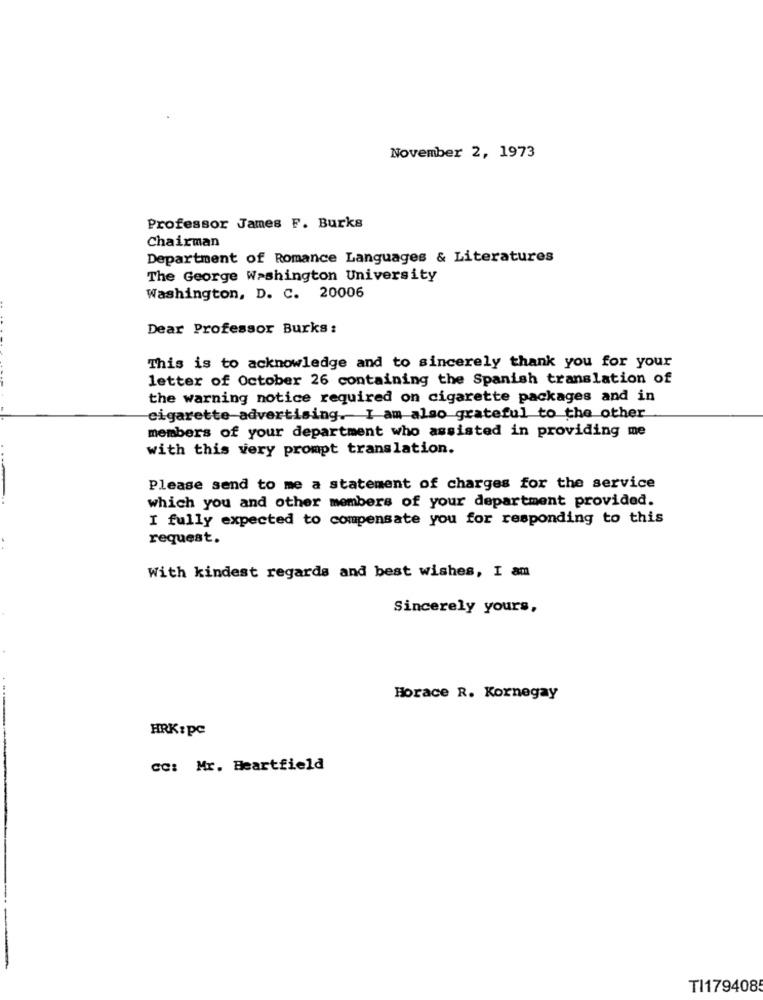
November 2, 1973
Professor James F. Burks
Chairman
Department of Romance Languages & Literatures
The George Washington University
Washington, D. C. 20006
Dear Professor Burks :
This is to acknowledge and to sincerely thank you for your
letter of October 26 containing the Spanish translation of
the warning notice required on cigarette packages and in
cigarette advertising. I am also grateful to the other
members of your department who assisted in providing me
with this very prompt translation.
Please send to me a statement of charges for the service
which you and other members of your department provided.
I fully expected to compensate you for responding to this
request.
With kindest regards and best wishes, I am
Sincerely yours,
Horace R. Kornegay
HRK: pc
CC: Mr. Heartfield
TI1794085